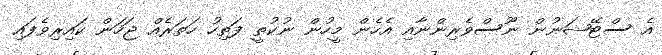
އެ ސްޓޭޝަނުން ނޫސްވެރިންނާއި އެހެން މީހުން ނުކުތީ ފަތިހު ހަތަރެއް ޖަހަން ކައިރިވެފައި